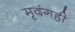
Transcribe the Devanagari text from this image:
मृदंगही